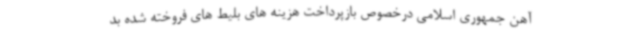
آهن جمهوری اسلامی درخصوص بازپرداخت هزینه های بلیط های فروخته شده بد